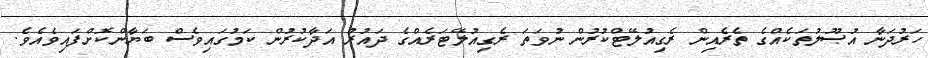
ހަރުދަނާ އުޞޫލުތަކެއްގެ ތެރެއިން ރެގިއުލޭޓްކުރުން ނުވަތަ ރެގިއުލޭޓަރެއްގެ ދައުރު އަދާކުރުން ކަމުގައިވެސް ބަޔާންކޮށްފައިވެއެވެ.